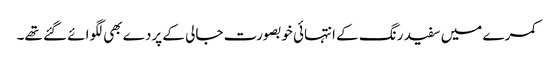
کمرے میں سفید رنگ کے انتہائی خوبصورت جالی کے پردے بھی لگوائے گئے تھے۔